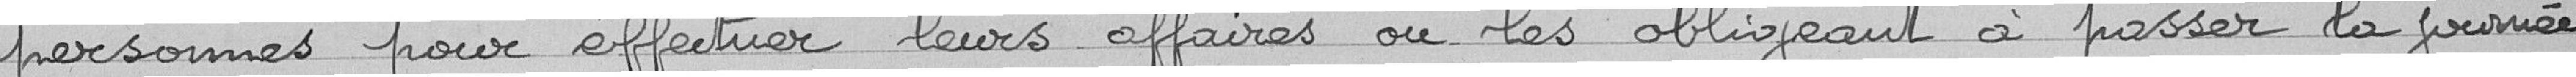
personnes pour effectuer leurs affaires ou les obligeant à passer la journée